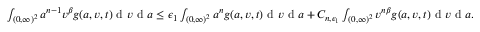
\begin{array} { r } { \int _ { ( 0 , \infty ) ^ { 2 } } a ^ { n - 1 } v ^ { \beta } g ( a , v , t ) \textup { d } v \textup { d } a \leq \epsilon _ { 1 } \int _ { ( 0 , \infty ) ^ { 2 } } a ^ { n } g ( a , v , t ) \textup { d } v \textup { d } a + C _ { n , \epsilon _ { 1 } } \int _ { ( 0 , \infty ) ^ { 2 } } v ^ { n \beta } g ( a , v , t ) \textup { d } v \textup { d } a . } \end{array}